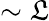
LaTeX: \sim\mathfrak{L}